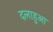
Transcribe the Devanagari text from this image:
दलाहुआ